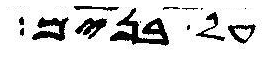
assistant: על בנים